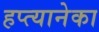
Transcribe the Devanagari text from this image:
हप्त्यानेका